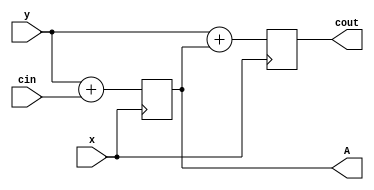
module top
(
 input x,
 input y,
 input cin,

 output reg A,
 output reg cout
 );

 initial begin
    A = 0;
    cout = 0;
 end

always @(posedge x) begin
    A <=  y + cin;
end
always @(negedge x) begin
    cout <=  y + A;
end

endmodule